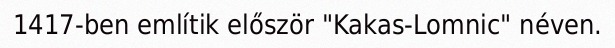
1417-ben említik először "Kakas-Lomnic" néven.